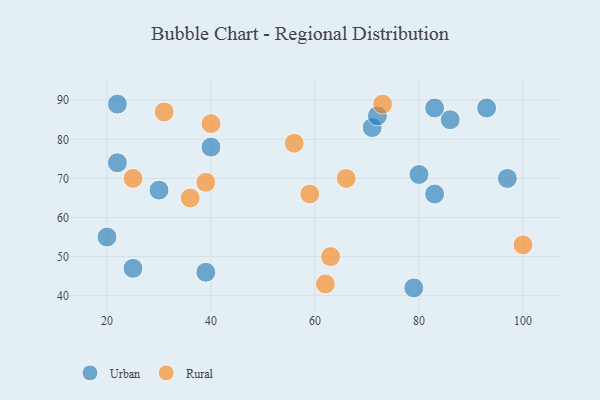
{"axis": {"x": "GDP", "y": "Life Expectancy"}, "legend": ["Rural", "Urban"], "data": [{"x": "22", "y": 89, "type": "Urban"}, {"x": "80", "y": 71, "type": "Urban"}, {"x": "93", "y": 88, "type": "Urban"}, {"x": "83", "y": 88, "type": "Urban"}, {"x": "86", "y": 85, "type": "Urban"}, {"x": "20", "y": 55, "type": "Urban"}, {"x": "40", "y": 78, "type": "Urban"}, {"x": "30", "y": 67, "type": "Urban"}, {"x": "39", "y": 46, "type": "Urban"}, {"x": "83", "y": 66, "type": "Urban"}, {"x": "71", "y": 83, "type": "Urban"}, {"x": "79", "y": 42, "type": "Urban"}, {"x": "22", "y": 74, "type": "Urban"}, {"x": "72", "y": 86, "type": "Urban"}, {"x": "97", "y": 70, "type": "Urban"}, {"x": "25", "y": 47, "type": "Urban"}, {"x": "66", "y": 70, "type": "Rural"}, {"x": "36", "y": 65, "type": "Rural"}, {"x": "63", "y": 50, "type": "Rural"}, {"x": "56", "y": 79, "type": "Rural"}, {"x": "39", "y": 69, "type": "Rural"}, {"x": "73", "y": 89, "type": "Rural"}, {"x": "40", "y": 84, "type": "Rural"}, {"x": "100", "y": 53, "type": "Rural"}, {"x": "31", "y": 87, "type": "Rural"}, {"x": "25", "y": 70, "type": "Rural"}, {"x": "62", "y": 43, "type": "Rural"}, {"x": "59", "y": 66, "type": "Rural"}]}